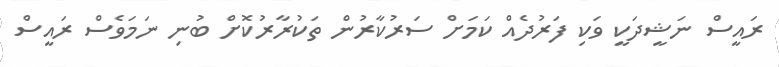
ރައީސް ނަޝީދަކީ ވަކި ފަރުދެއް ކަމަށް ސަރުކާރުން ތަކުރާރުކޮށް ބުނި ނަމަވެސް ރައީސް